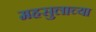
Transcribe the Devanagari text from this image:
महसुलाच्या